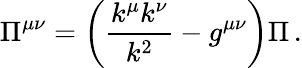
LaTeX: \Pi^{\mu\nu}=\left(\frac{k^{\mu}k^{\nu}}{k^{2}}-g^{\mu\nu}\right)\Pi\, .